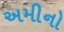
અમીનો